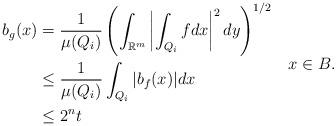
LaTeX: \begin{align*}\begin{aligned}b_g(x)&=\frac{1}{\mu(Q_i)}\left(\int_{\mathbb{R}^m}\left|\int_{Q_i}fdx\right|^2dy\right)^{1/2}\\&\leq \frac{1}{\mu(Q_i)}\int_{Q_i}|b_f(x)|dx\\&\leq 2^nt\end{aligned}\,\,\,\,\,\,x\in B.\end{align*}